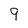
Character: 9